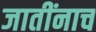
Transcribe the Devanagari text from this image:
जातींनाच